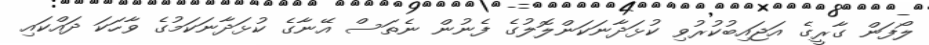
ލޯފަން ގާރީގެ އަޖައިބުކުރުވި ކުޅަދާނަކަންލޮލުގެ ފެނުން ނެތަސް އޭނާގެ ކުޅަދާނަކަމުގެ ވާހަކަ ދައްކައި